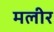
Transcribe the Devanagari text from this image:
मलीर